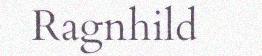
Ragnhild